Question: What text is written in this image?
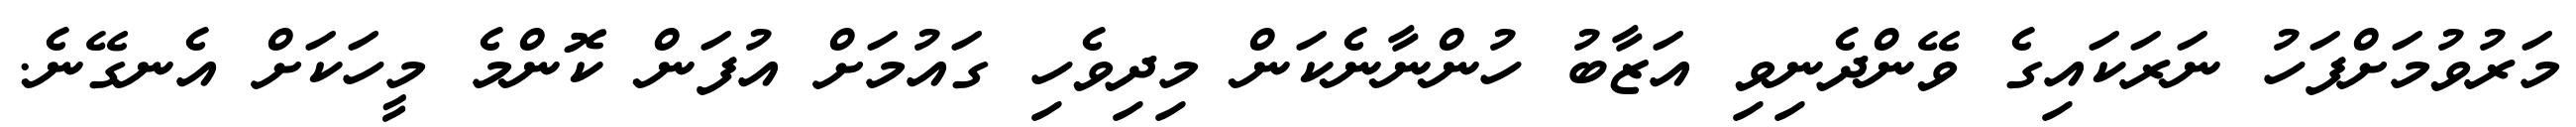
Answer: މަރުވުމަށްފަހު ނަރަކައިގެ ވޭންދެނިވި އަޒާބު ހުންނާނެކަން މިދިވެހި ގައުމަށް އުފަން ކޮންމެ މީހަކަށް އެނގޭނެ.